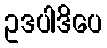
ဥဒပါဒိပေ